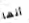
أنها